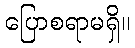
ပြောစရာမရှိ။